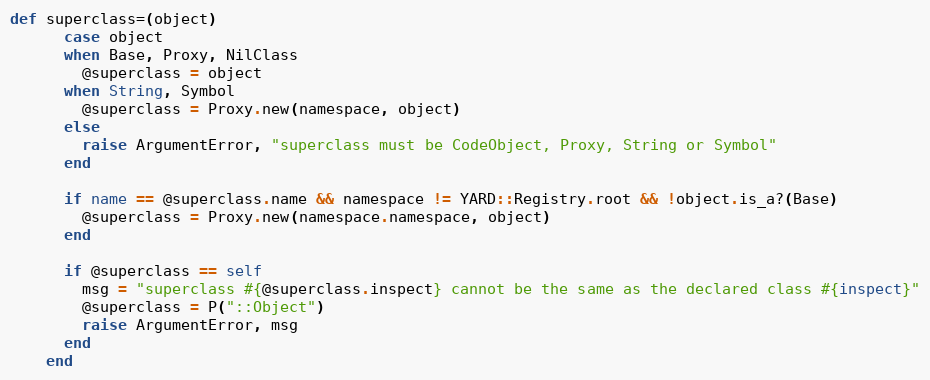
Language: Ruby
def superclass=(object)
      case object
      when Base, Proxy, NilClass
        @superclass = object
      when String, Symbol
        @superclass = Proxy.new(namespace, object)
      else
        raise ArgumentError, "superclass must be CodeObject, Proxy, String or Symbol"
      end

      if name == @superclass.name && namespace != YARD::Registry.root && !object.is_a?(Base)
        @superclass = Proxy.new(namespace.namespace, object)
      end

      if @superclass == self
        msg = "superclass #{@superclass.inspect} cannot be the same as the declared class #{inspect}"
        @superclass = P("::Object")
        raise ArgumentError, msg
      end
    end